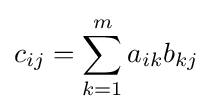
c_{ij}=\sum _{k=1}^{m}a_{ik}b_{kj}